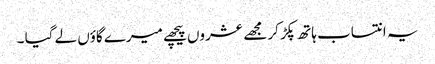
یہ انتساب ہاتھ پکڑ کر مجھے عشروں پیچھے میرے گاؤں لے گیا ۔